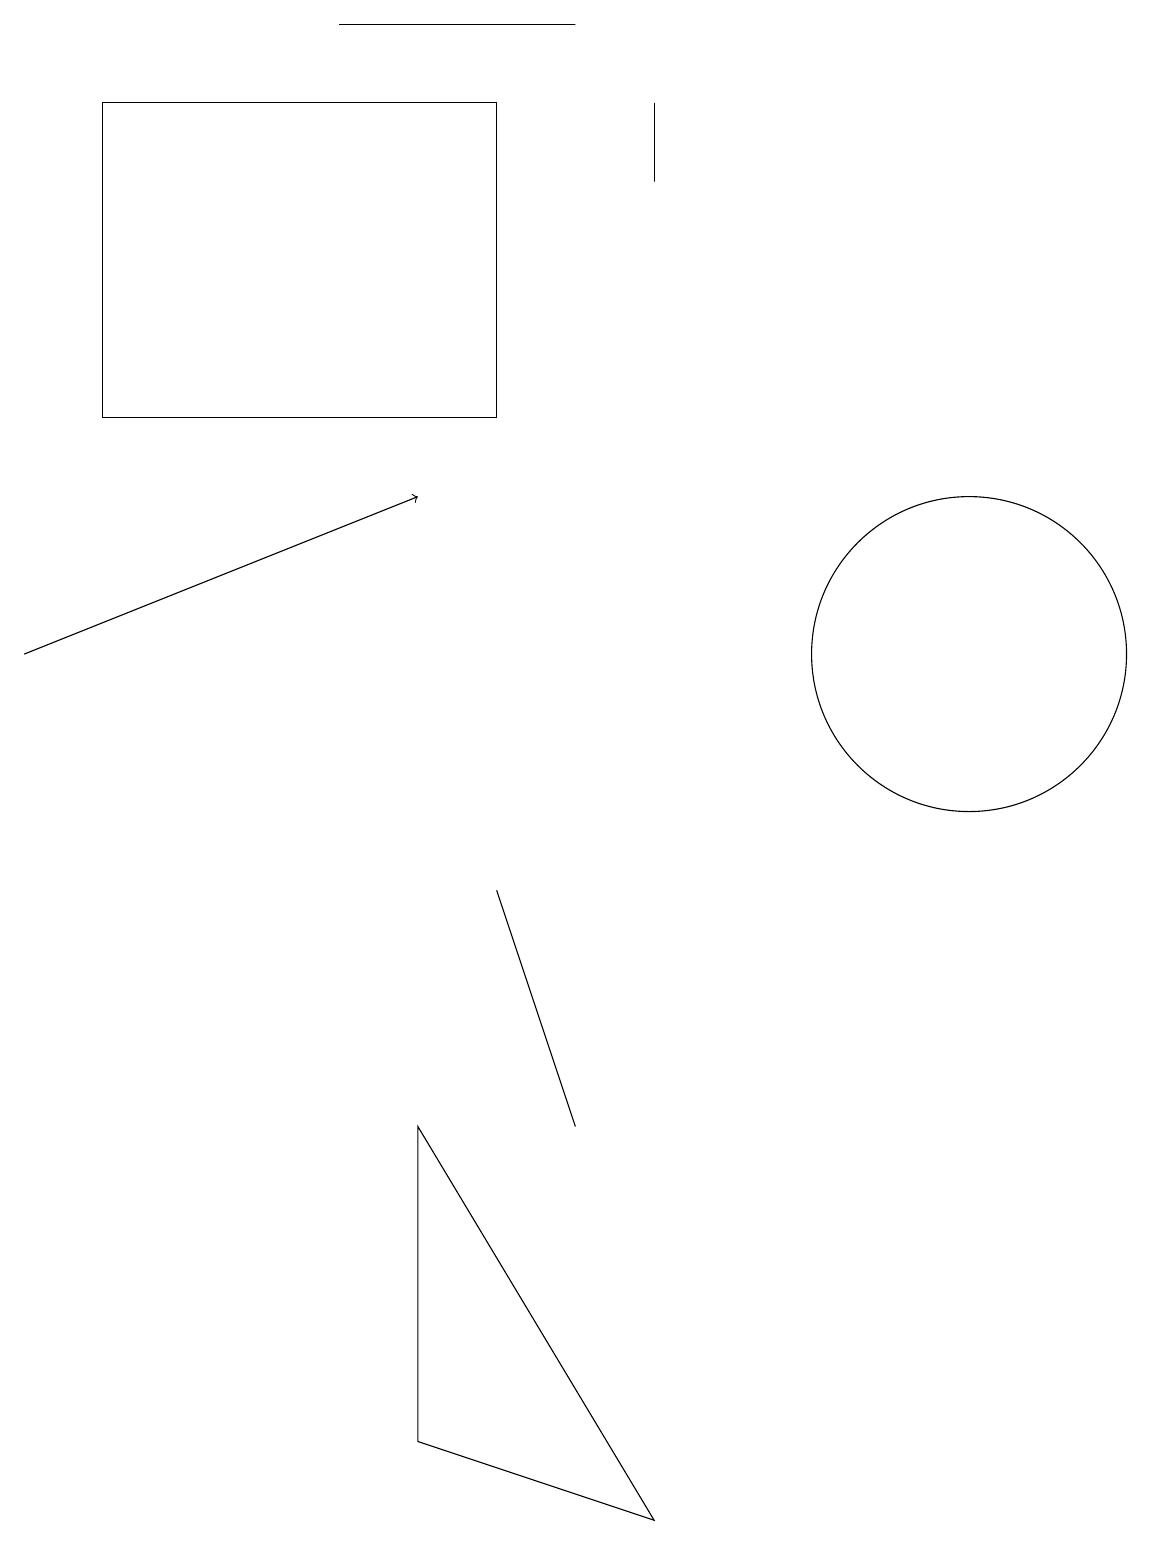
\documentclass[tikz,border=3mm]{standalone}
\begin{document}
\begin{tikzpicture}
\draw (7,5) -- (6,8) -- (6,8) -- cycle;
\draw (8,18) rectangle (8,17);
\draw (6,18) rectangle (1,14);
\draw[->] (0,11) -- (5,13);
\draw (7,19) rectangle (4,19);
\draw (12,11) circle (2);
\draw (5,1) -- (5,5) -- (8,0) -- cycle;
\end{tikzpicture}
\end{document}